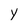
Character: Y